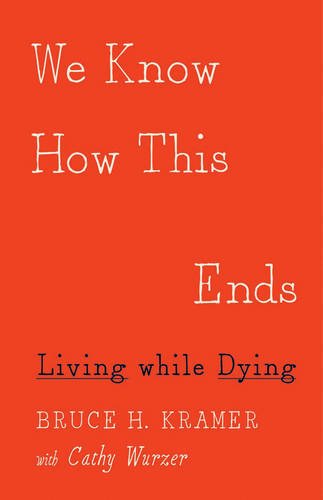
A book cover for We Know How This Ends: Living while Dying; Bruce H. Kramer; Health, Fitness & Dieting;